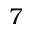
7